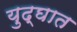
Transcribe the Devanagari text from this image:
युद्घात